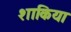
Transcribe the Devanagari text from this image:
शाकिया